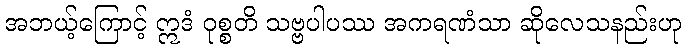
အဘယ့်ကြောင့် ဣဒံ ဝုစ္စတိ သဗ္ဗပါပဿ အကရဏံသာ ဆိုလေသနည်းဟု